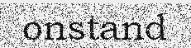
onstand